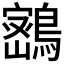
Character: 𪄋